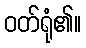
ဝတ်ရုံ၏။